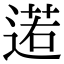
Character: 逽